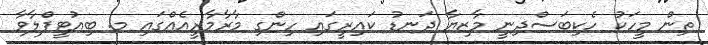
ތިން މީހަކު ހެކިބަސްދިނީ މާޒިޔާ ދަނޑު ކައިރީގައި ހިންގި މާރާމާރީއެއްގައި މ. ބިއުޓީފްލާވާ